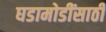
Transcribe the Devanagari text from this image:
घडामोडींसाठी